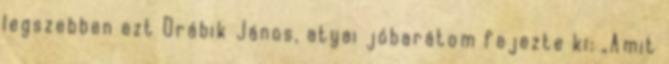
legszebben ezt Drá­bik János, atyai jóbarátom fejezte ki: „Amit